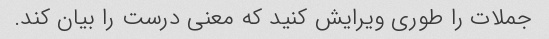
جملات را طوری ویرایش کنید که معنی درست را بیان کند.